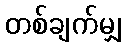
တစ်ချက်မျှ